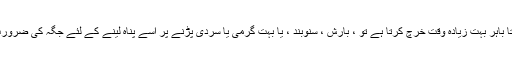
اگر آپ کا کتا باہر بہت زیادہ وقت خرچ کرتا ہے تو ، بارش ، سنوبند ، یا بہت گرمی یا سردی پڑنے پر اسے پناہ لینے کے لئے جگہ کی ضرورت ہوتی ہے۔